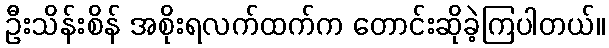
ဦးသိန်းစိန် အစိုးရလက်ထက်က တောင်းဆိုခဲ့ကြပါတယ်။